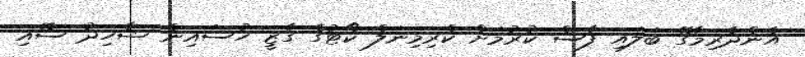
އެންދެރިމާގޭ ބަލައި ފާސް ކުރުމަށް ކްރިމިނަލް ކޯޓުގެ ގާޒީ ހުސައިން ޝާހިދު ސޮއި